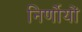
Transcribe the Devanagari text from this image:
निर्णोयों